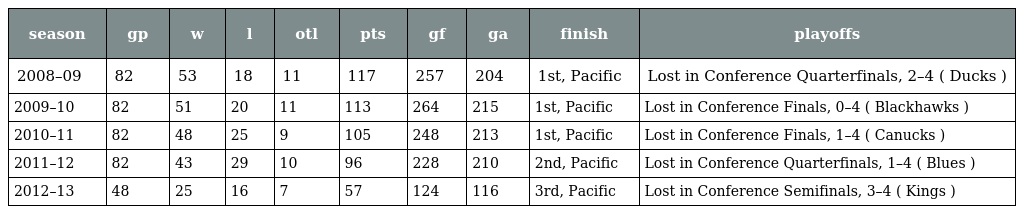
| season | gp | w | l | otl | pts | gf | ga | finish | playoffs |
 | --- | --- | --- | --- | --- | --- | --- | --- | --- | --- |
 | 2008–09 | 82 | 53 | 18 | 11 | 117 | 257 | 204 | 1st, Pacific | Lost in Conference Quarterfinals, 2–4 ( Ducks ) |
 | 2009–10 | 82 | 51 | 20 | 11 | 113 | 264 | 215 | 1st, Pacific | Lost in Conference Finals, 0–4 ( Blackhawks ) |
 | 2010–11 | 82 | 48 | 25 | 9 | 105 | 248 | 213 | 1st, Pacific | Lost in Conference Finals, 1–4 ( Canucks ) |
 | 2011–12 | 82 | 43 | 29 | 10 | 96 | 228 | 210 | 2nd, Pacific | Lost in Conference Quarterfinals, 1–4 ( Blues ) |
 | 2012–13 | 48 | 25 | 16 | 7 | 57 | 124 | 116 | 3rd, Pacific | Lost in Conference Semifinals, 3–4 ( Kings ) |